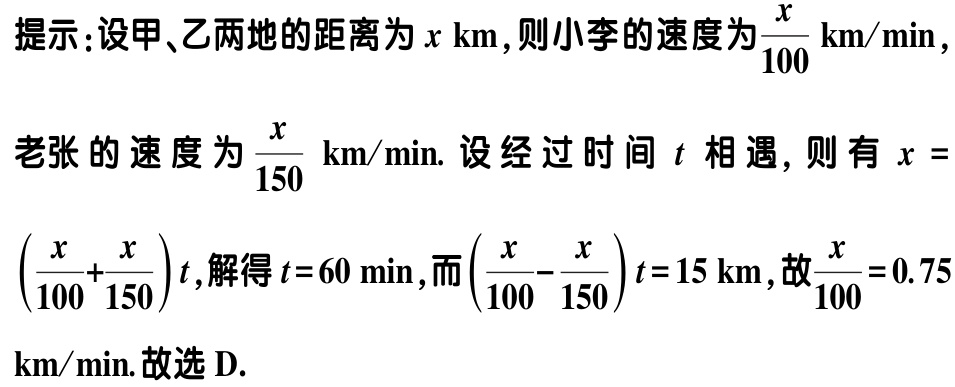
提示：设甲、乙两地的距离为\(x \text{ km}\)，则小李的速度为\(\frac{x}{100}\text{ km/min}\)，
老张的速度为\(\frac{x}{150}\text{ km/min}\). 设经过时间 \(t\) 相遇，则有 \(x = \left(\frac{x}{100}+\frac{x}{150}\right)t\)，解得\(t = 60 \text{ min}\)，而\(\left(\frac{x}{100}-\frac{x}{150}\right)t = 15 \text{ km}\)，故\(\frac{x}{100}=0.75 \text{ km/min}\). 故选 D.